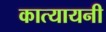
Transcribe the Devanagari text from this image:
कात्‍यायनी